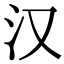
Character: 汉